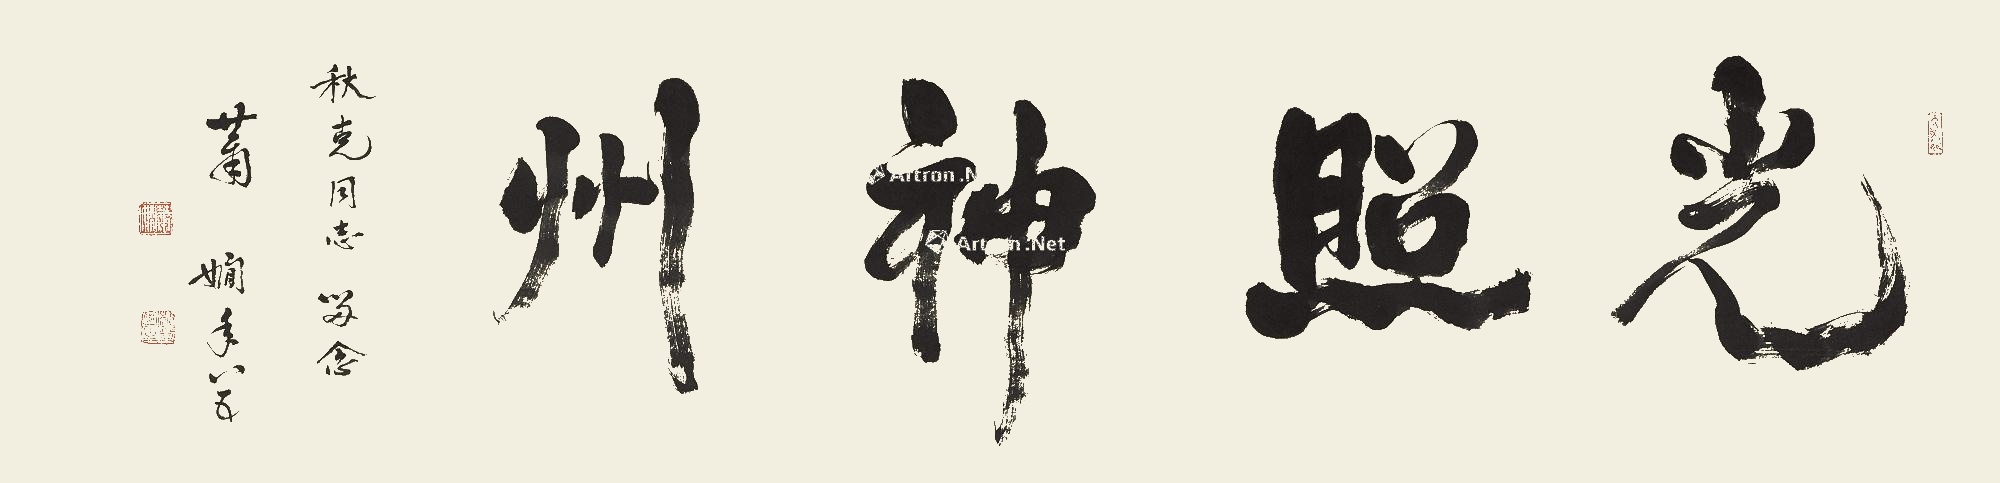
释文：光照神州秋克同志留念，萧娴年八五。